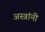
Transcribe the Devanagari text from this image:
अस्त्रांनी